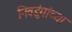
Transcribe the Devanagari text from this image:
निवडुंगांच्या